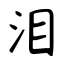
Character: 泪